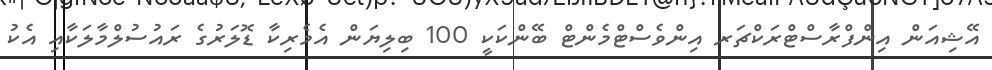
އޭޝިއަން އިންފްރާސްޓްރަކްޗަރ އިންވެސްޓްމެންޓް ބޭންކަކީ 100 ބިލިޔަން އެމެރިކާ ޑޮލަރުގެ ރައުސުލްމާލަކާއި އެކު